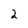
Character: 2